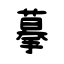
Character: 摹